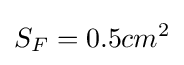
S_{F}=0.5cm^{2}